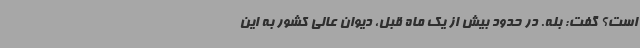
است؟ گفت: بله. در حدود بیش از یک ماه قبل، دیوان عالی کشور به این